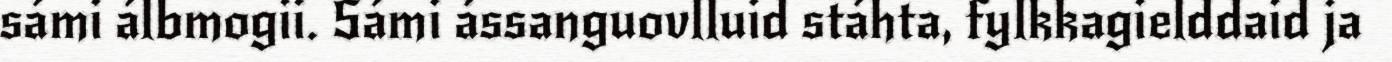
sámi álbmogii. Sámi ássanguovlluid stáhta, fylkkagielddaid ja